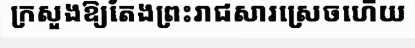
ក្រសួងឱ្យតែងព្រះរាជសារស្រេចហើយ